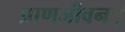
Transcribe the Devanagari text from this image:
प्राणजीवनः।